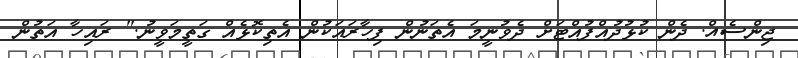
ޖިންސެއް. ދެން ކުޅުދުއްފުއްޓަށް ދެވުނީމަ އެތަނުން ފިހާރައަކުން އެތިކޮޅެއް ގަތީމަވީނު." ރައިހާ އަތުން